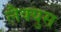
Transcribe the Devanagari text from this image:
लैक्युस